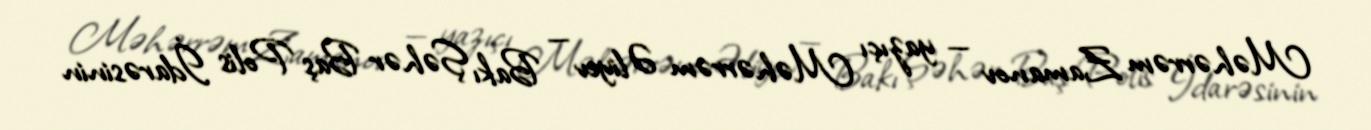
Məhərrəm Zamanov — yazıçı Məhərrəm Əliyev — Bakı Şəhər Baş Polis İdarəsinin